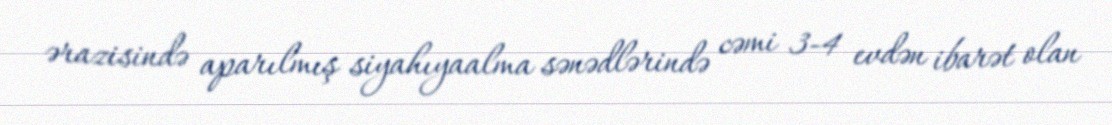
ərazisində aparılmış siyahıyaalma sənədlərində cəmi 3-4 evdən ibarət olan